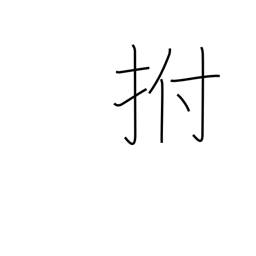
Meaning: slap